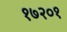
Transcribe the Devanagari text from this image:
१७२०१